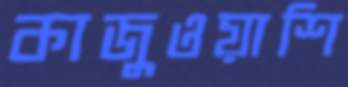
কাজুওয়াশি